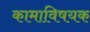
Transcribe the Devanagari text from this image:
कामाविषयक